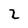
Character: 2